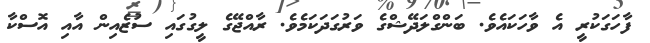
ފާހަގަކުރީ އެ ވާހަކައެވެ. ބަންގްލަދޭޝްގެ ވަރުގަދަކަމެވެ. ރާއްޖޭގެ ލީގުގައި ސުޒެއިން އާއި އޮސްކާ